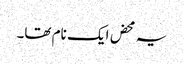
یہ محض ایک نام تھا۔